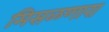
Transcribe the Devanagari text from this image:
मिसळणारा